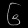
Digit: ၆